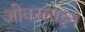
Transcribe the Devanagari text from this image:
ओवरलाइन